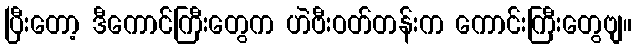
ပြီးတော့ ဒီကောင်ကြီးတွေက ဟဲဗီးဝတ်တန်းက ကောင်းကြီးတွေဗျ။